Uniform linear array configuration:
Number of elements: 24
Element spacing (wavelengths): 0.5
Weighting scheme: hamming
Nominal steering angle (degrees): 15
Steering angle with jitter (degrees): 13.272
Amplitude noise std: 0.05
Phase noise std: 0.05

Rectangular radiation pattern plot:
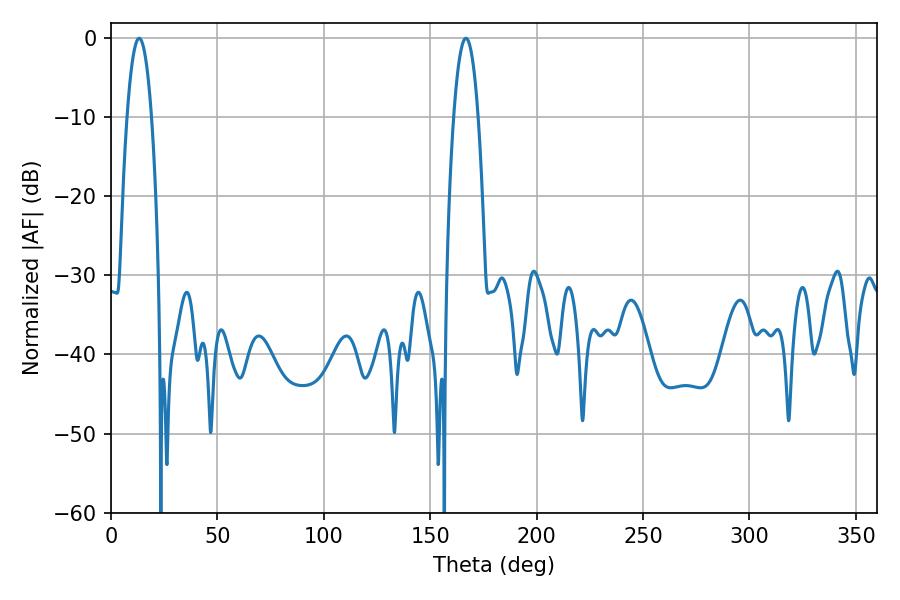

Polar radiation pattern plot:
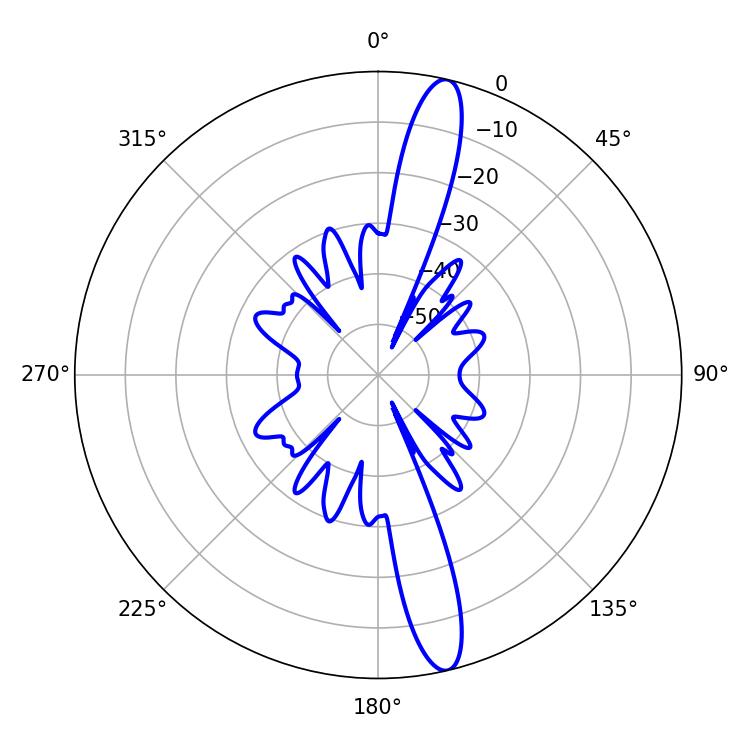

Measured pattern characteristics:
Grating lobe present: FALSE
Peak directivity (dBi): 15.653
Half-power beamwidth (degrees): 6.3
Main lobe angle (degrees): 13.32